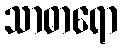
သာဓာရော